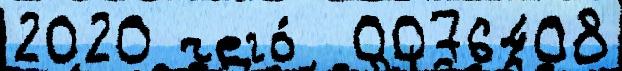
2020 чего́  0076408